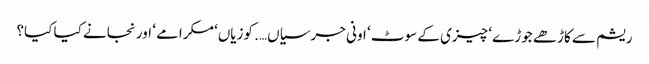
ریشم سے کاڑھے جوڑے ‘ چیزی کے سوٹ ‘ اونی جرسیاں…. کوزیاں‘ مکرامے ‘ اور نجانے کیا کیا؟